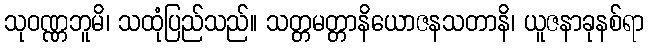
သုဝဏ္ဏဘူမိ၊ သထုံပြည်သည်။ သတ္တမတ္တာနိယောဇနသတာနိ၊ ယူဇနာခုနစ်ရာ